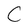
Character: C